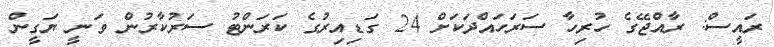
ރައީސް: ރާއްޖޭގެ ހުރިހާ ސަރަހައްދަކަށް 24 ގަޑިއިރުގެ ކަރަންޓު ސަރުކާރުން ވަނީ ޔަގީން